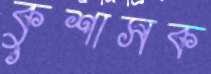
কুশাসক